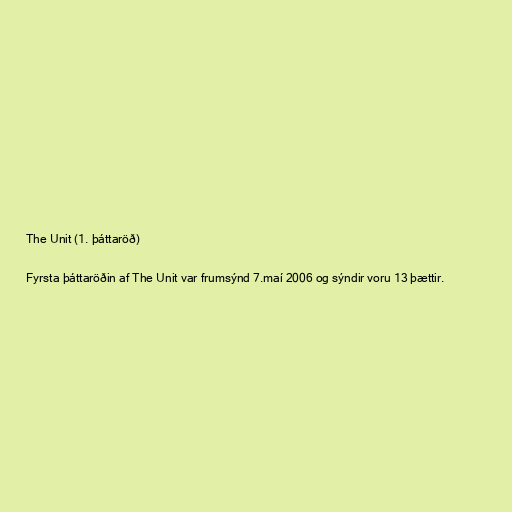
The Unit (1. þáttaröð)

Fyrsta þáttaröðin af The Unit var frumsýnd 7.maí 2006 og sýndir voru 13 þættir.